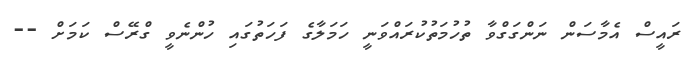
ރައީސް އެމާސަން ނަންގަގްވާ ތުހުމަތުކުރައްވަނީ ހަމަލާގެ ފަހަތުގައި ހުންނެވީ ގްރޭސް ކަމަށް --